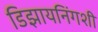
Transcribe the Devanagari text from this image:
डिझायनिंगशी